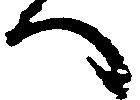
へ